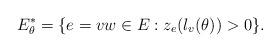
LaTeX: \begin{align*}E^*_\theta=\{e=vw\in E: z_e(\l_v(\theta))>0\}.\end{align*}